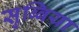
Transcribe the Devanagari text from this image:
सुब्बिया